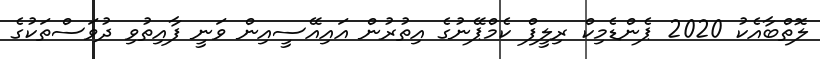
ލޮތްބާއެކު 2020 ޕެންޑެމިކް ރިލީފް ކެމްޕޭނުގެ އިތުރުން އައިއޭސީއިން ވަނީ ފާއިތުވި ދުވަސްތަކުގެ